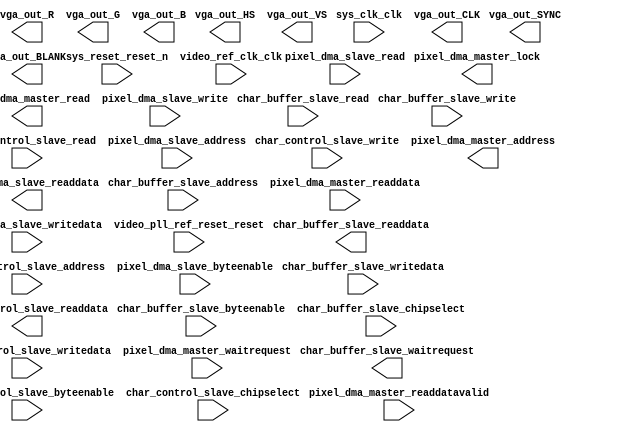

module VGA_subsystem (
	char_buffer_slave_byteenable,
	char_buffer_slave_chipselect,
	char_buffer_slave_read,
	char_buffer_slave_write,
	char_buffer_slave_writedata,
	char_buffer_slave_readdata,
	char_buffer_slave_waitrequest,
	char_buffer_slave_address,
	char_control_slave_address,
	char_control_slave_byteenable,
	char_control_slave_chipselect,
	char_control_slave_read,
	char_control_slave_write,
	char_control_slave_writedata,
	char_control_slave_readdata,
	pixel_dma_master_readdatavalid,
	pixel_dma_master_waitrequest,
	pixel_dma_master_address,
	pixel_dma_master_lock,
	pixel_dma_master_read,
	pixel_dma_master_readdata,
	pixel_dma_slave_address,
	pixel_dma_slave_byteenable,
	pixel_dma_slave_read,
	pixel_dma_slave_write,
	pixel_dma_slave_writedata,
	pixel_dma_slave_readdata,
	sys_clk_clk,
	sys_reset_reset_n,
	vga_out_CLK,
	vga_out_HS,
	vga_out_VS,
	vga_out_BLANK,
	vga_out_SYNC,
	vga_out_R,
	vga_out_G,
	vga_out_B,
	video_pll_ref_reset_reset,
	video_ref_clk_clk);	

	input		char_buffer_slave_byteenable;
	input		char_buffer_slave_chipselect;
	input		char_buffer_slave_read;
	input		char_buffer_slave_write;
	input	[7:0]	char_buffer_slave_writedata;
	output	[7:0]	char_buffer_slave_readdata;
	output		char_buffer_slave_waitrequest;
	input	[12:0]	char_buffer_slave_address;
	input		char_control_slave_address;
	input	[3:0]	char_control_slave_byteenable;
	input		char_control_slave_chipselect;
	input		char_control_slave_read;
	input		char_control_slave_write;
	input	[31:0]	char_control_slave_writedata;
	output	[31:0]	char_control_slave_readdata;
	input		pixel_dma_master_readdatavalid;
	input		pixel_dma_master_waitrequest;
	output	[31:0]	pixel_dma_master_address;
	output		pixel_dma_master_lock;
	output		pixel_dma_master_read;
	input	[15:0]	pixel_dma_master_readdata;
	input	[1:0]	pixel_dma_slave_address;
	input	[3:0]	pixel_dma_slave_byteenable;
	input		pixel_dma_slave_read;
	input		pixel_dma_slave_write;
	input	[31:0]	pixel_dma_slave_writedata;
	output	[31:0]	pixel_dma_slave_readdata;
	input		sys_clk_clk;
	input		sys_reset_reset_n;
	output		vga_out_CLK;
	output		vga_out_HS;
	output		vga_out_VS;
	output		vga_out_BLANK;
	output		vga_out_SYNC;
	output	[7:0]	vga_out_R;
	output	[7:0]	vga_out_G;
	output	[7:0]	vga_out_B;
	input		video_pll_ref_reset_reset;
	input		video_ref_clk_clk;
endmodule